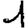
Digit: 1